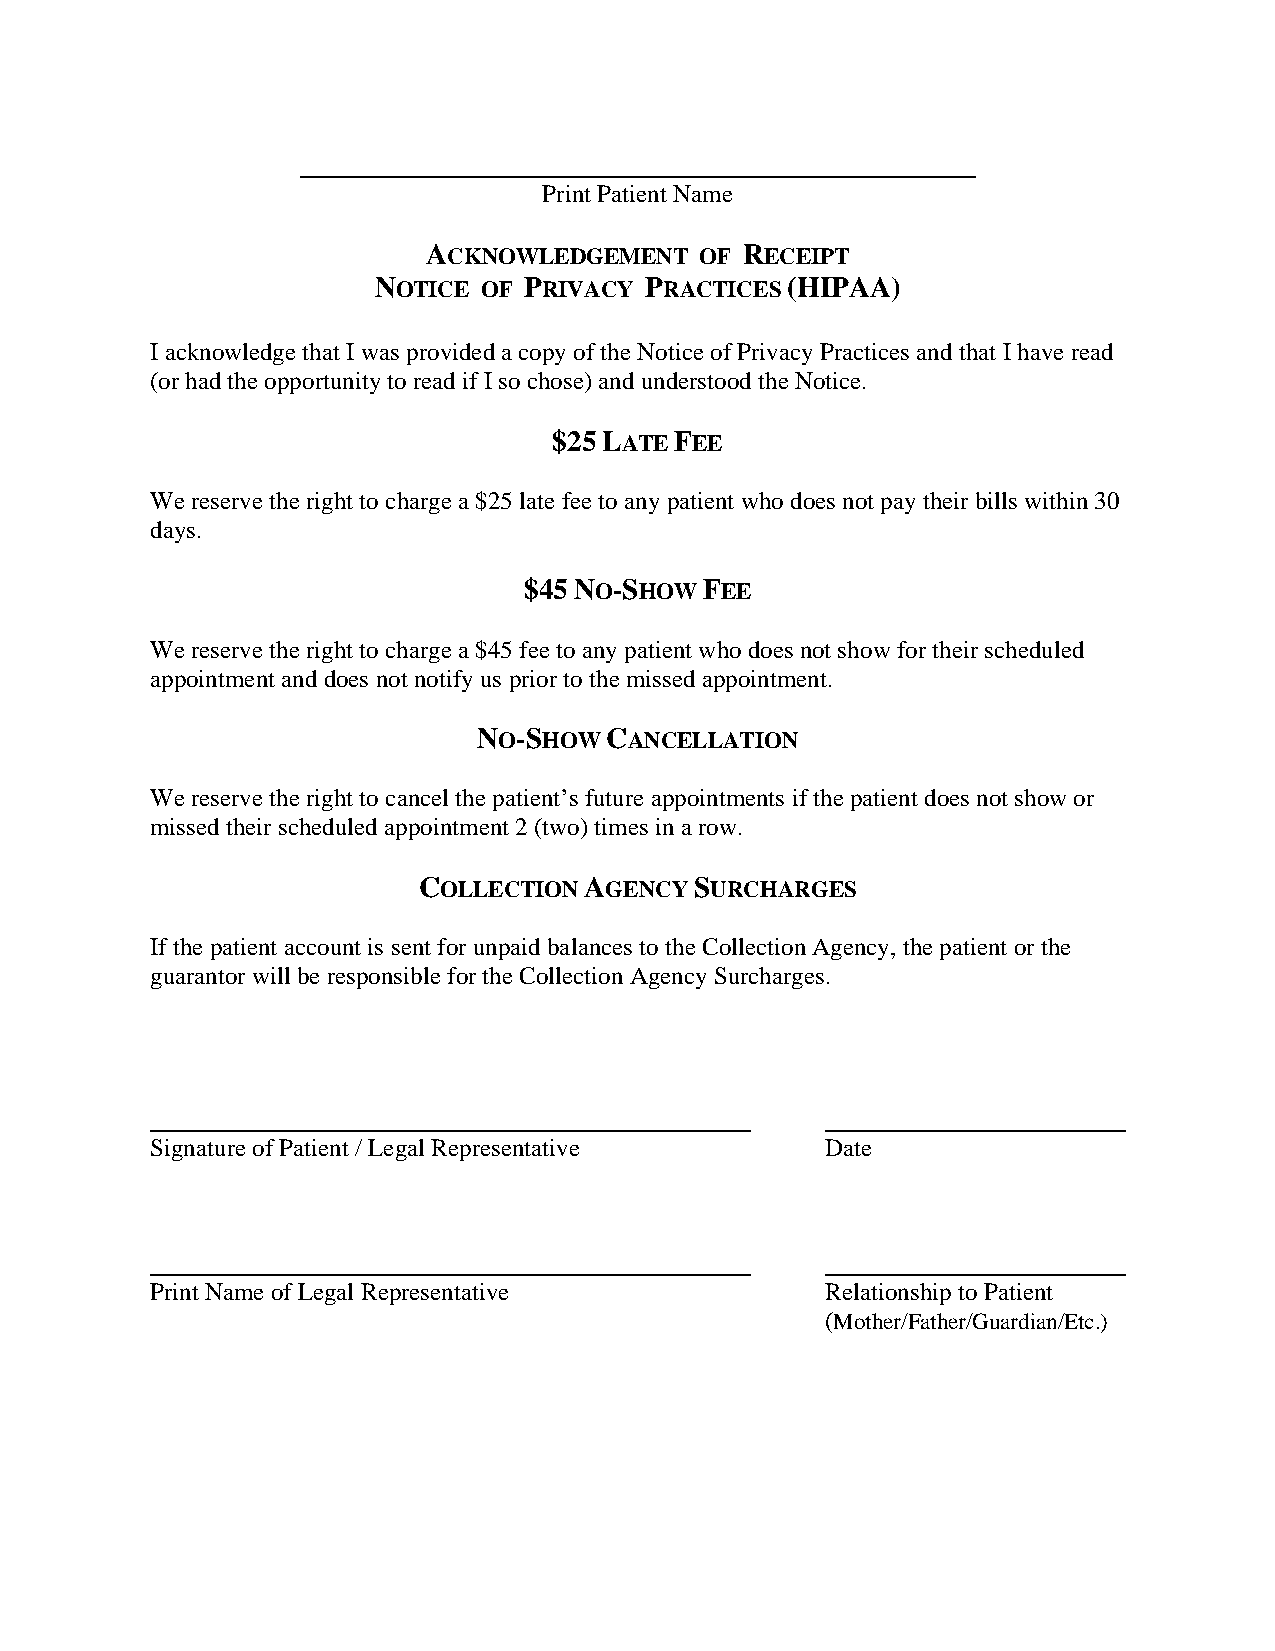
Print Patient Name
 ACKNOWLEDGEMENT   OF RECEIPT
 NOTICE OF PRIVACY PRACTICES (HIPAA)
 I acknowledge that I was provided a copy of the Notice of Privacy Practices and that I have read
 (or had the opportunity to read if I so chose) and understood the Notice.
 $25 LATE FEE
 We reserve the right to charge a $25 late fee to any patient who does not pay their bills within 30
 days.
 $45 NO-SHOW FEE
 We reserve the right to charge a $45 fee to any patient who does not show for their scheduled
 appointment and does not notify us prior to the missed appointment.
 NO-SHOW CANCELLATION
 We reserve the right to cancel the patient’s future appointments if the patient does not show or
 missed their scheduled appointment 2 (two) times in a row.
 COLLECTION AGENCY SURCHARGES
 If the patient account is sent for unpaid balances to the Collection Agency, the patient or the
 guarantor will be responsible for the Collection Agency Surcharges.
 Signature of Patient / Legal Representative  Date
 Print Name of Legal Representative           Relationship to Patient
 (Mother/Father/Guardian/Etc.)